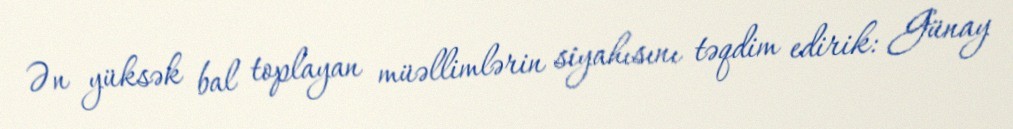
Ən yüksək bal toplayan müəllimlərin siyahısını təqdim edirik: Günay